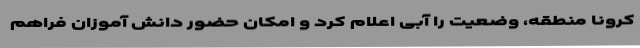
کرونا منطقه، وضعیت را آبی اعلام کرد و امکان حضور دانش آموزان فراهم